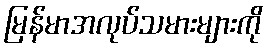
မြန်မာအလုပ်သမားများကို